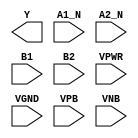
module sky130_fd_sc_ms__a2bb2oi (
    Y   ,
    A1_N,
    A2_N,
    B1  ,
    B2  ,
    VPWR,
    VGND,
    VPB ,
    VNB
);

    output Y   ;
    input  A1_N;
    input  A2_N;
    input  B1  ;
    input  B2  ;
    input  VPWR;
    input  VGND;
    input  VPB ;
    input  VNB ;
endmodule